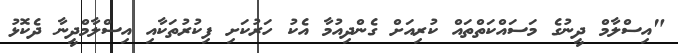
"އިސްލާމް ދީނުގެ މަސައްކަތްތައް ކުރިއަށް ގެންދިއުމާ އެކު ހަރުކަށި ފިކުރުތަކާއި އިސްލާމްދީނާ ދެކޮޅު